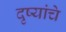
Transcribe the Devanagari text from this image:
दृष्यांचे